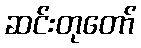
ဆင်းတုတော်